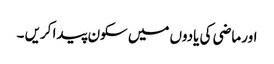
اور ماضی کی یادوں میں سکون پیدا کریں ۔